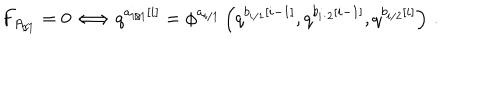
F _ { A _ { / 1 } } = 0 \Longleftrightarrow q ^ { a _ { i / 1 } \left[ i \right] } = \phi ^ { a _ { i / 1 } } \left( q ^ { b _ { i / 1 } \left[ i - 1 \right] } , q ^ { b _ { i / 2 } \left[ i - 1 \right] } , q ^ { b _ { i / 2 } \left[ i \right] } \right) \, .